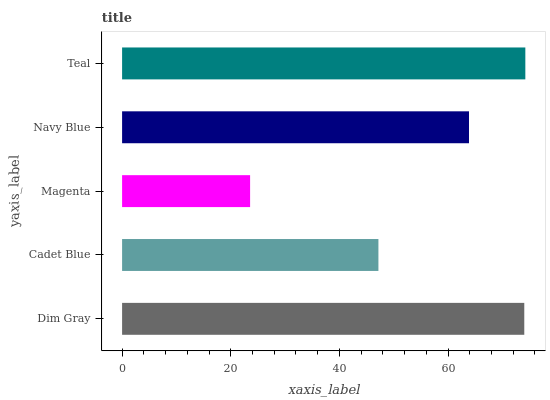
| yaxis_label | bars |
 | --- | --- |
 | Dim Gray | 74 |
 | Cadet Blue | 47.2 |
 | Magenta | 23.6 |
 | Navy Blue | 63.9 |
 | Teal | 74.2 |